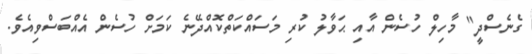
ގެނެސްދީ" މާހިލް ހުސެން އާއި ޙަވާލު ކުރި މަސައްކަތްކޮއްދޭނެ ކަމަށް ހުސެން އެއްބަސްވިއެވެ.